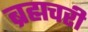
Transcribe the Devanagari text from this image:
ब्रह्मचरी